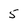
Character: 5